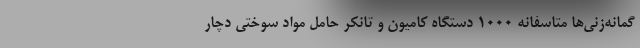
گمانه‌زنی‌ها متاسفانه 1000 دستگاه کامیون و تانکر حامل مواد سوختی دچار